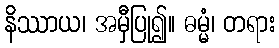
နိဿာယ၊ အမှီပြု၍။ ဓမ္မံ၊ တရား